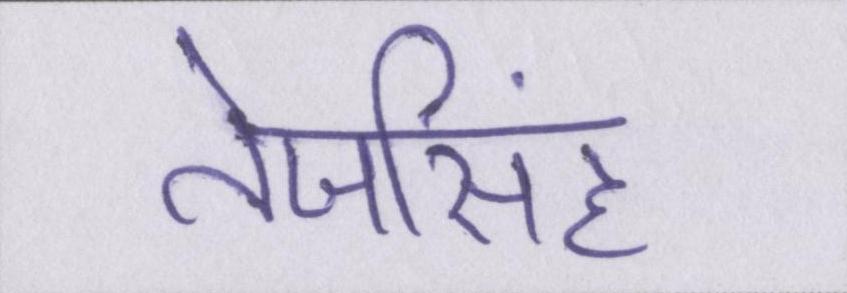
तेजसिंह